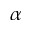
\alpha